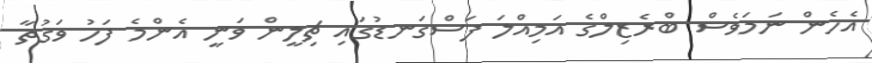
އެހެން ނަމަވެސް ބްރެޒިލްގެ އަމިއްލަ ފަސްގަނޑުގައި ޗިލީން ވަނީ އެންމެ ފަހު ވަގުތާ